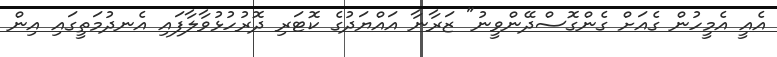
އެއީ އެމީހުން ގެއަށް ގެންގޮސްދޭންވީނު" ޒަރާނާ އައްޔަދުގެ ކޮޓަރި ދޮރުހުޅުވާލާފައި އެނދުމަތީގައި އިން